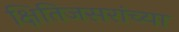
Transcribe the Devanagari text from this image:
क्षितिजसरांच्या